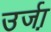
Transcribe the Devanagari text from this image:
उर्जा़